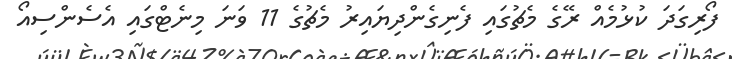
ފޯރިގަދަ ކުޅުމެއް ރޭގެ މެޗުގައި ފެނިގެންދިޔައިރު މެޗުގެ 11 ވަނަ މިނެޓްގައި އެސެންސިއޯ